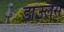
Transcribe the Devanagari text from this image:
डाउलैस